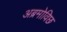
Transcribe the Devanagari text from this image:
अब्रमोविछ